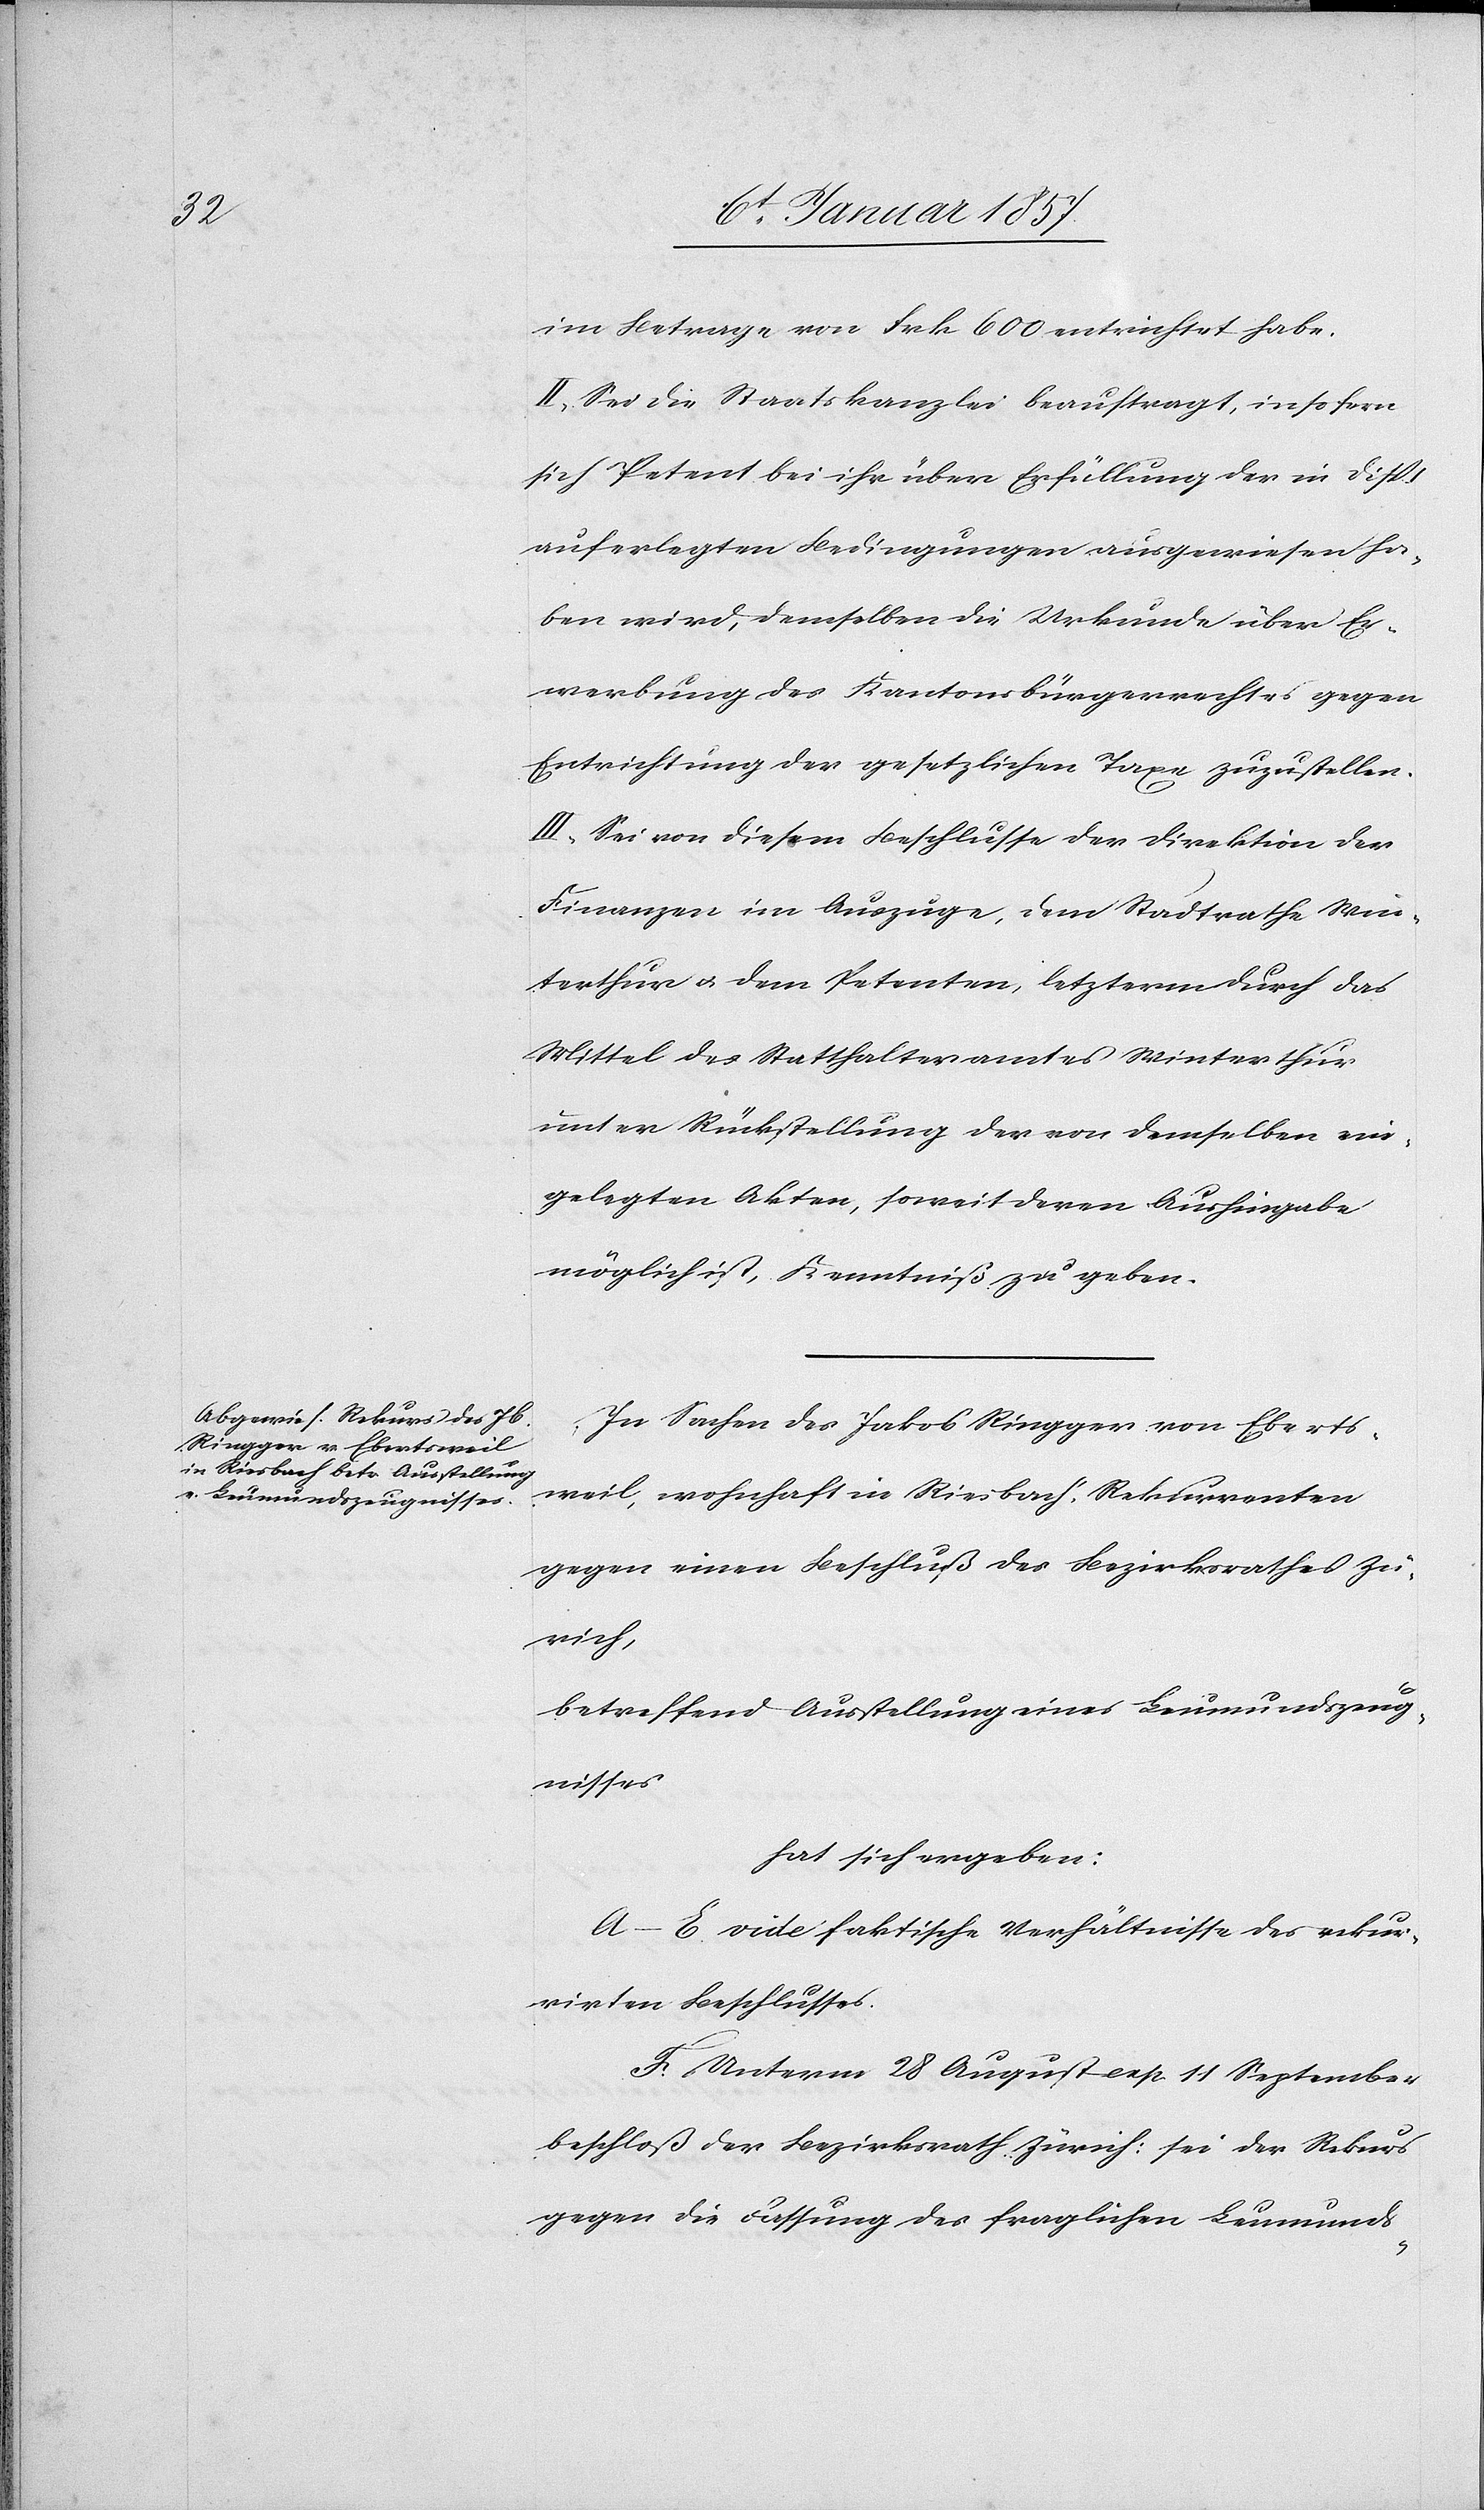
im Betrage von Frk 600 entrichtet habe.
II. Sei die Staatskanzlei beauftragt, insofern
sich Petent bei ihr über Erfüllung der in Disp.
auferlegten Bedingungen ausgewiesen ha¬
ben wird, demselben die Urkunde über Er¬
werbung des Kantonsbürgerrechtes gegen
Entrichtung der gesetzlichen Taxe zuzustellen.
III. Sei von diesem Beschlusse der Direktion der
Finanzen im Auszuge, dem Stadtrathe Win¬
terthur u. dem Petenten, letzterm durch das
Mittel des Statthalteramtes Winterthur
unter Rückstellung der von demselben ein¬
gelegten Akten, soweit deren Aushingabe
möglich ist, Kenntniß zu geben.
In Sachen des Jakob Ringger von Eberts¬
weil, wohnhaft in Riesbach, Rekurrenten
gegen einen Beschluß des Bezirksrathes Zü¬
rich,
betreffend Ausstellung eines Leumundszeug¬
nisses
hat sich ergeben:
A– E. vide faktische Verhältnisse des rekur¬
rirten Beschlusses.
F. Unterm 28 August resp. 11 September
beschloß der Bezirksrath Zürich: sei der Rekurs
gegen die Fassung des fraglichen Leumund-